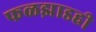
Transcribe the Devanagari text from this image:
फळझाडही